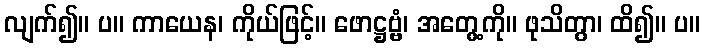
လျက်၍။ ပ။ ကာယေန၊ ကိုယ်ဖြင့်။ ဖောဋ္ဌဗ္ဗံ၊ အတွေ့ကို။ ဖုသိတွာ၊ ထိ၍။ ပ။